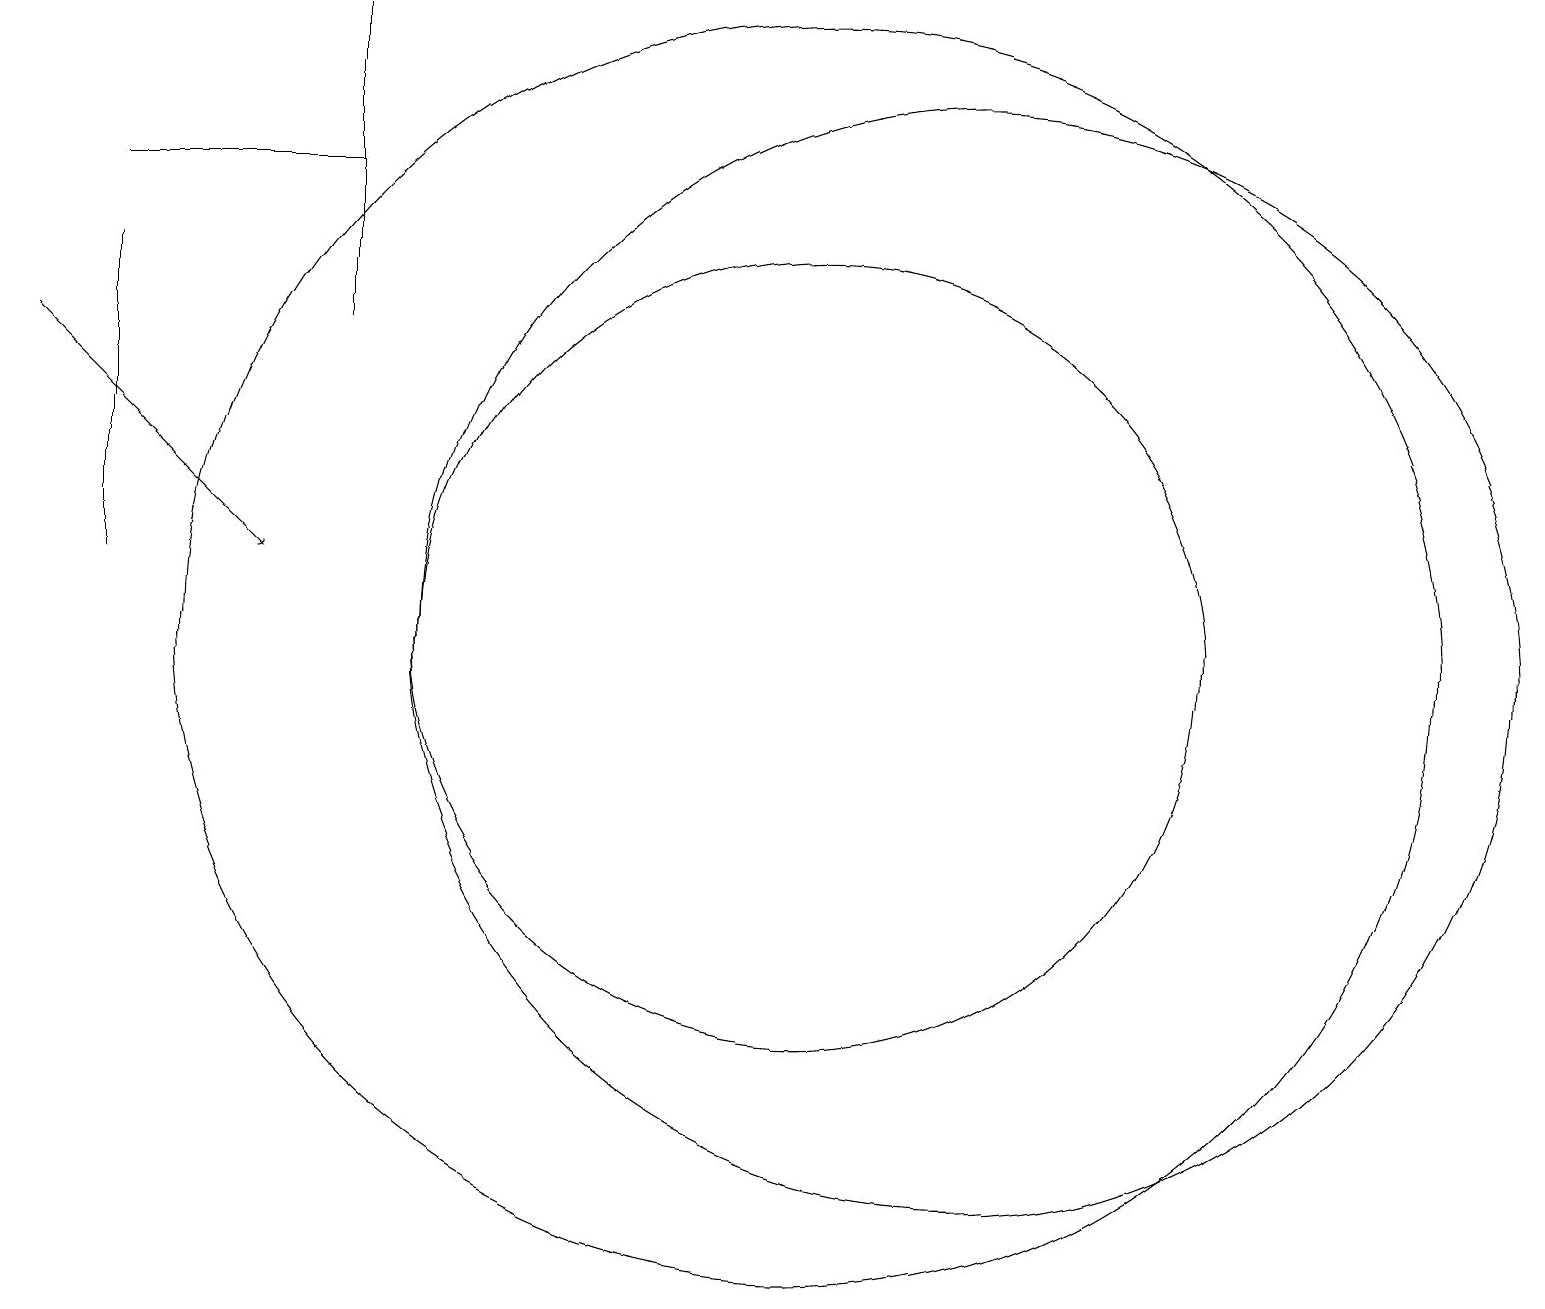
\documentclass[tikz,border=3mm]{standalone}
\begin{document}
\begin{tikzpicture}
\draw (10,10) circle (8);
\draw (10,10) circle (5);
\draw (4,18) rectangle (4,14);
\draw (12,10) circle (7);
\draw[->] (0,14) -- (3,11);
\draw (1,11) rectangle (1,15);
\draw (1,16) rectangle (4,16);
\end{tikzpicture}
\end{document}